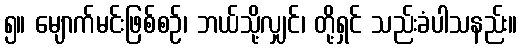
၅။ မျောက်မင်းဖြစ်စဉ်၊ ဘယ်သို့လျှင်၊ တို့ရှင် သည်းခံပါသနည်း။